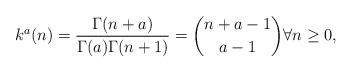
LaTeX: \begin{align*}k^{a}(n)=\frac{\Gamma(n+a)}{\Gamma(a)\Gamma(n+1)}={n+a-1\choose a-1}\forall n \ge 0,\end{align*}